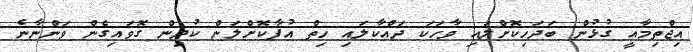
އިޖްތިމާއީ ގުޅުން ބަދަހިކޮށްލައި ވާހަކަ ދައްކާލައި ހިތް އުފާކޮށްލަން ކުދިން ގޮވައިގެން ވަންނާނެ